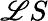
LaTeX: \mathscr{L}S